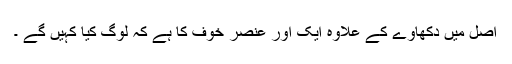
اصل میں دکھاوے کے علاوہ ایک اور عنصر خوف کا ہے کہ لوگ کیا کہیں گے ۔